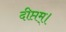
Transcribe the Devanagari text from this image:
दीप्तम्।